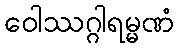
ဝေါဿဂ္ဂါရမ္မဏံ